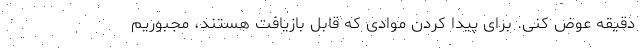
دقیقه عوض کنی. برای پیدا کردن موادی که قابل بازیافت هستند، مجبوریم